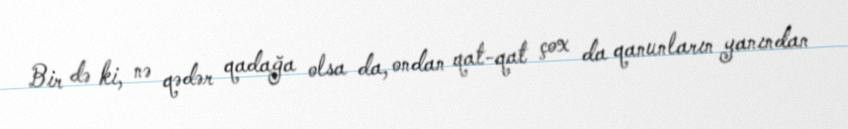
Bir də ki, nə qədər qadağa olsa da, ondan qat-qat çox da qanunların yanından